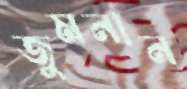
জুমনান